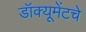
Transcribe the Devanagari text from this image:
डॉक्यूमेंटचे